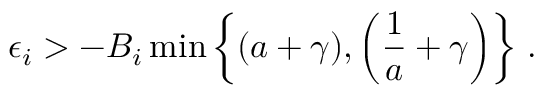
\epsilon _ { i } > - B _ { i } \operatorname* { m i n } \left\{ ( a + \gamma ) , \left( \frac { 1 } { a } + \gamma \right) \right\} \, .